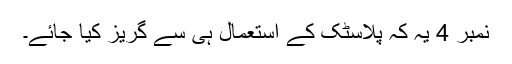
نمبر 4 یہ کہ پلاسٹک کے استعمال ہی سے گریز کیا جائے۔